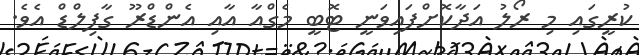
ކުރީގައި މި ރޯލު އަދާކޮށްފައިވަނީ ޓޮބީ މެގްއާ އާއި އެންޑްރޫ ގާފިލްޑް އެވެ.